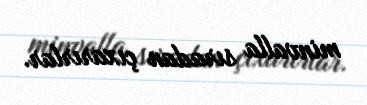
minvalla sıradan çıxarırlar.